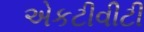
એકટીવીટી